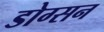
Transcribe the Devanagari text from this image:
डोग्सन